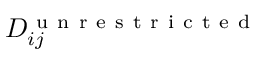
D _ { i j } ^ { \mathrm { ~ u ~ n ~ r ~ e ~ s ~ t ~ r ~ i ~ c ~ t ~ e ~ d ~ } }